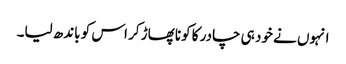
انہوں نے خود ہی چادر کا کونا پھاڑ کر اس کو باندھ لیا۔